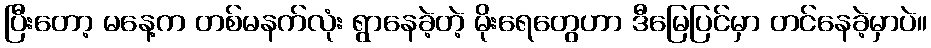
ပြီးတော့ မနေ့က တစ်မနက်လုံး ရွာနေခဲ့တဲ့ မိုးရေတွေဟာ ဒီမြေပြင်မှာ တင်နေခဲ့မှာပဲ။